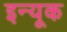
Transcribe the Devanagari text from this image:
इन्यूक